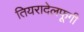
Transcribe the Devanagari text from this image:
तियरादेलफूगी